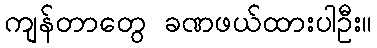
ကျန်တာတွေ ခဏဖယ်ထားပါဦး။